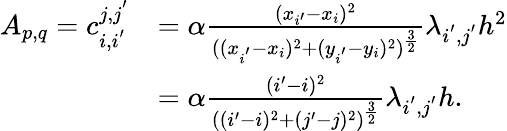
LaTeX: \begin{array}{rl}{A_{p,q}=c_{i,i^{'}}^{j,j^{'}}}&{=\alpha\frac{(x_{i^{\prime}}-x_{i})^{2}}{((x_{i^{'}}-x_{i})^{2}+(y_{i^{'}}-y_{i})^{2})^{\frac{3}{2}}}\lambda_{i^{'},j^{'}}h^{2}}\\ &{=\alpha\frac{(i^{\prime}-i)^{2}}{((i^{\prime}-i)^{2}+(j^{\prime}-j)^{2})^{\frac{3}{2}}}\lambda_{i^{'},j^{'}}h.}\end{array}